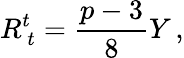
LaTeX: R_{\ t}^{t}=\frac{p-3}{8}Y\, ,